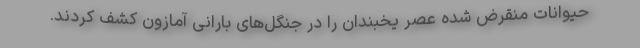
حیوانات منقرض شده عصر یخبندان را در جنگل‌های بارانی آمازون کشف کردند.